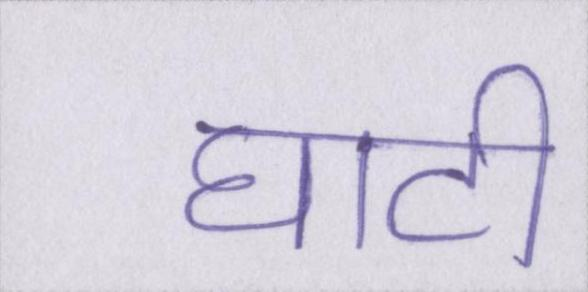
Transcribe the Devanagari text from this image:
घाटी